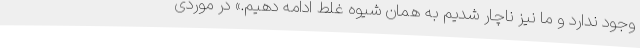
وجود ندارد و ما نیز ناچار شدیم به همان شیوه غلط ادامه دهیم.» در موردی